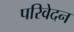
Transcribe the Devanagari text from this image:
परिवेदन